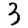
Digit: 3